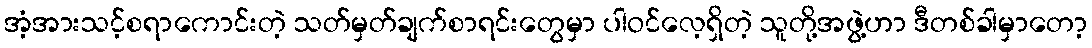
အံ့အားသင့်စရာကောင်းတဲ့ သတ်မှတ်ချက်စာရင်းတွေမှာ ပါဝင်လေ့ရှိတဲ့ သူတို့အဖွဲ့ဟာ ဒီတစ်ခါမှာတော့